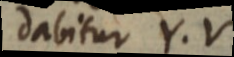
dabitur Y. V